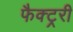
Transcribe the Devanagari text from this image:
फैक्ट्ररी